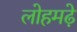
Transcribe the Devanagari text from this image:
लोहमढ़े